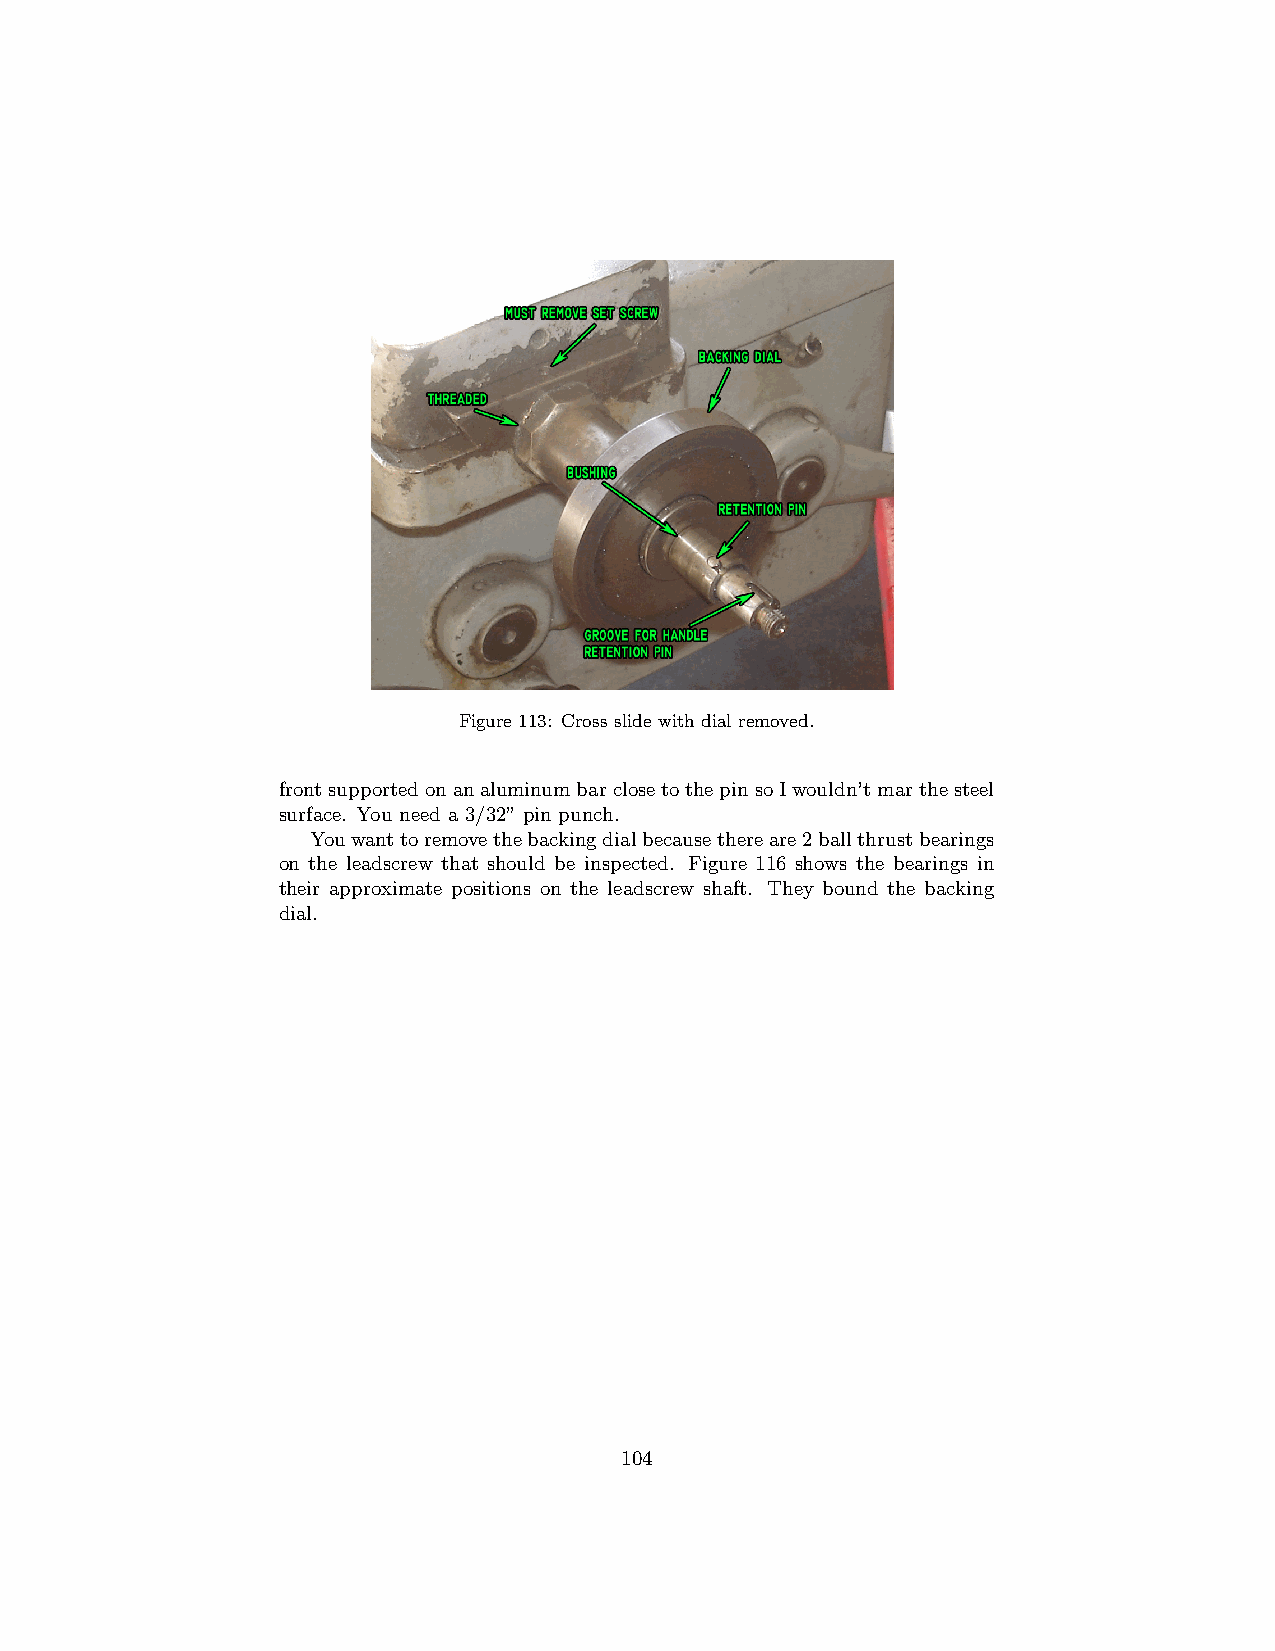
Figure 113: Cross slide with dial removed.
 frontsupportedonanaluminumbarclosetothepinsoIwouldn’tmarthesteel
 surface. You need a 3/32” pin punch.
 Youwanttoremovethebackingdialbecausethereare2ballthrustbearings
 on the leadscrew that should be inspected. Figure 116 shows the bearings in
 their approximate positions on the leadscrew shaft. They bound the backing
 dial.
 104